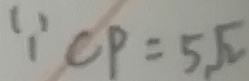
\because C P = 5 \sqrt { 2 }